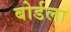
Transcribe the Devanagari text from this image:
बोर्डला